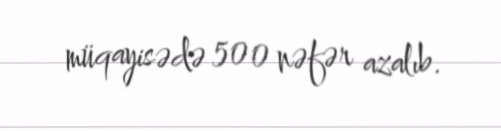
müqayisədə 500 nəfər azalıb.